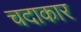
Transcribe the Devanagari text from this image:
चदाकार